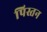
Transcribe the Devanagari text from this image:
पिस्तन